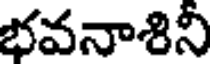
భవనాశినీ